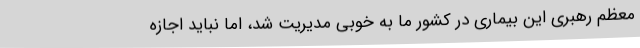
معظم رهبری این بیماری در کشور ما به خوبی مدیریت شد، اما نباید اجازه